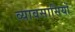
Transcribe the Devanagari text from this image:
व्यावसासियों